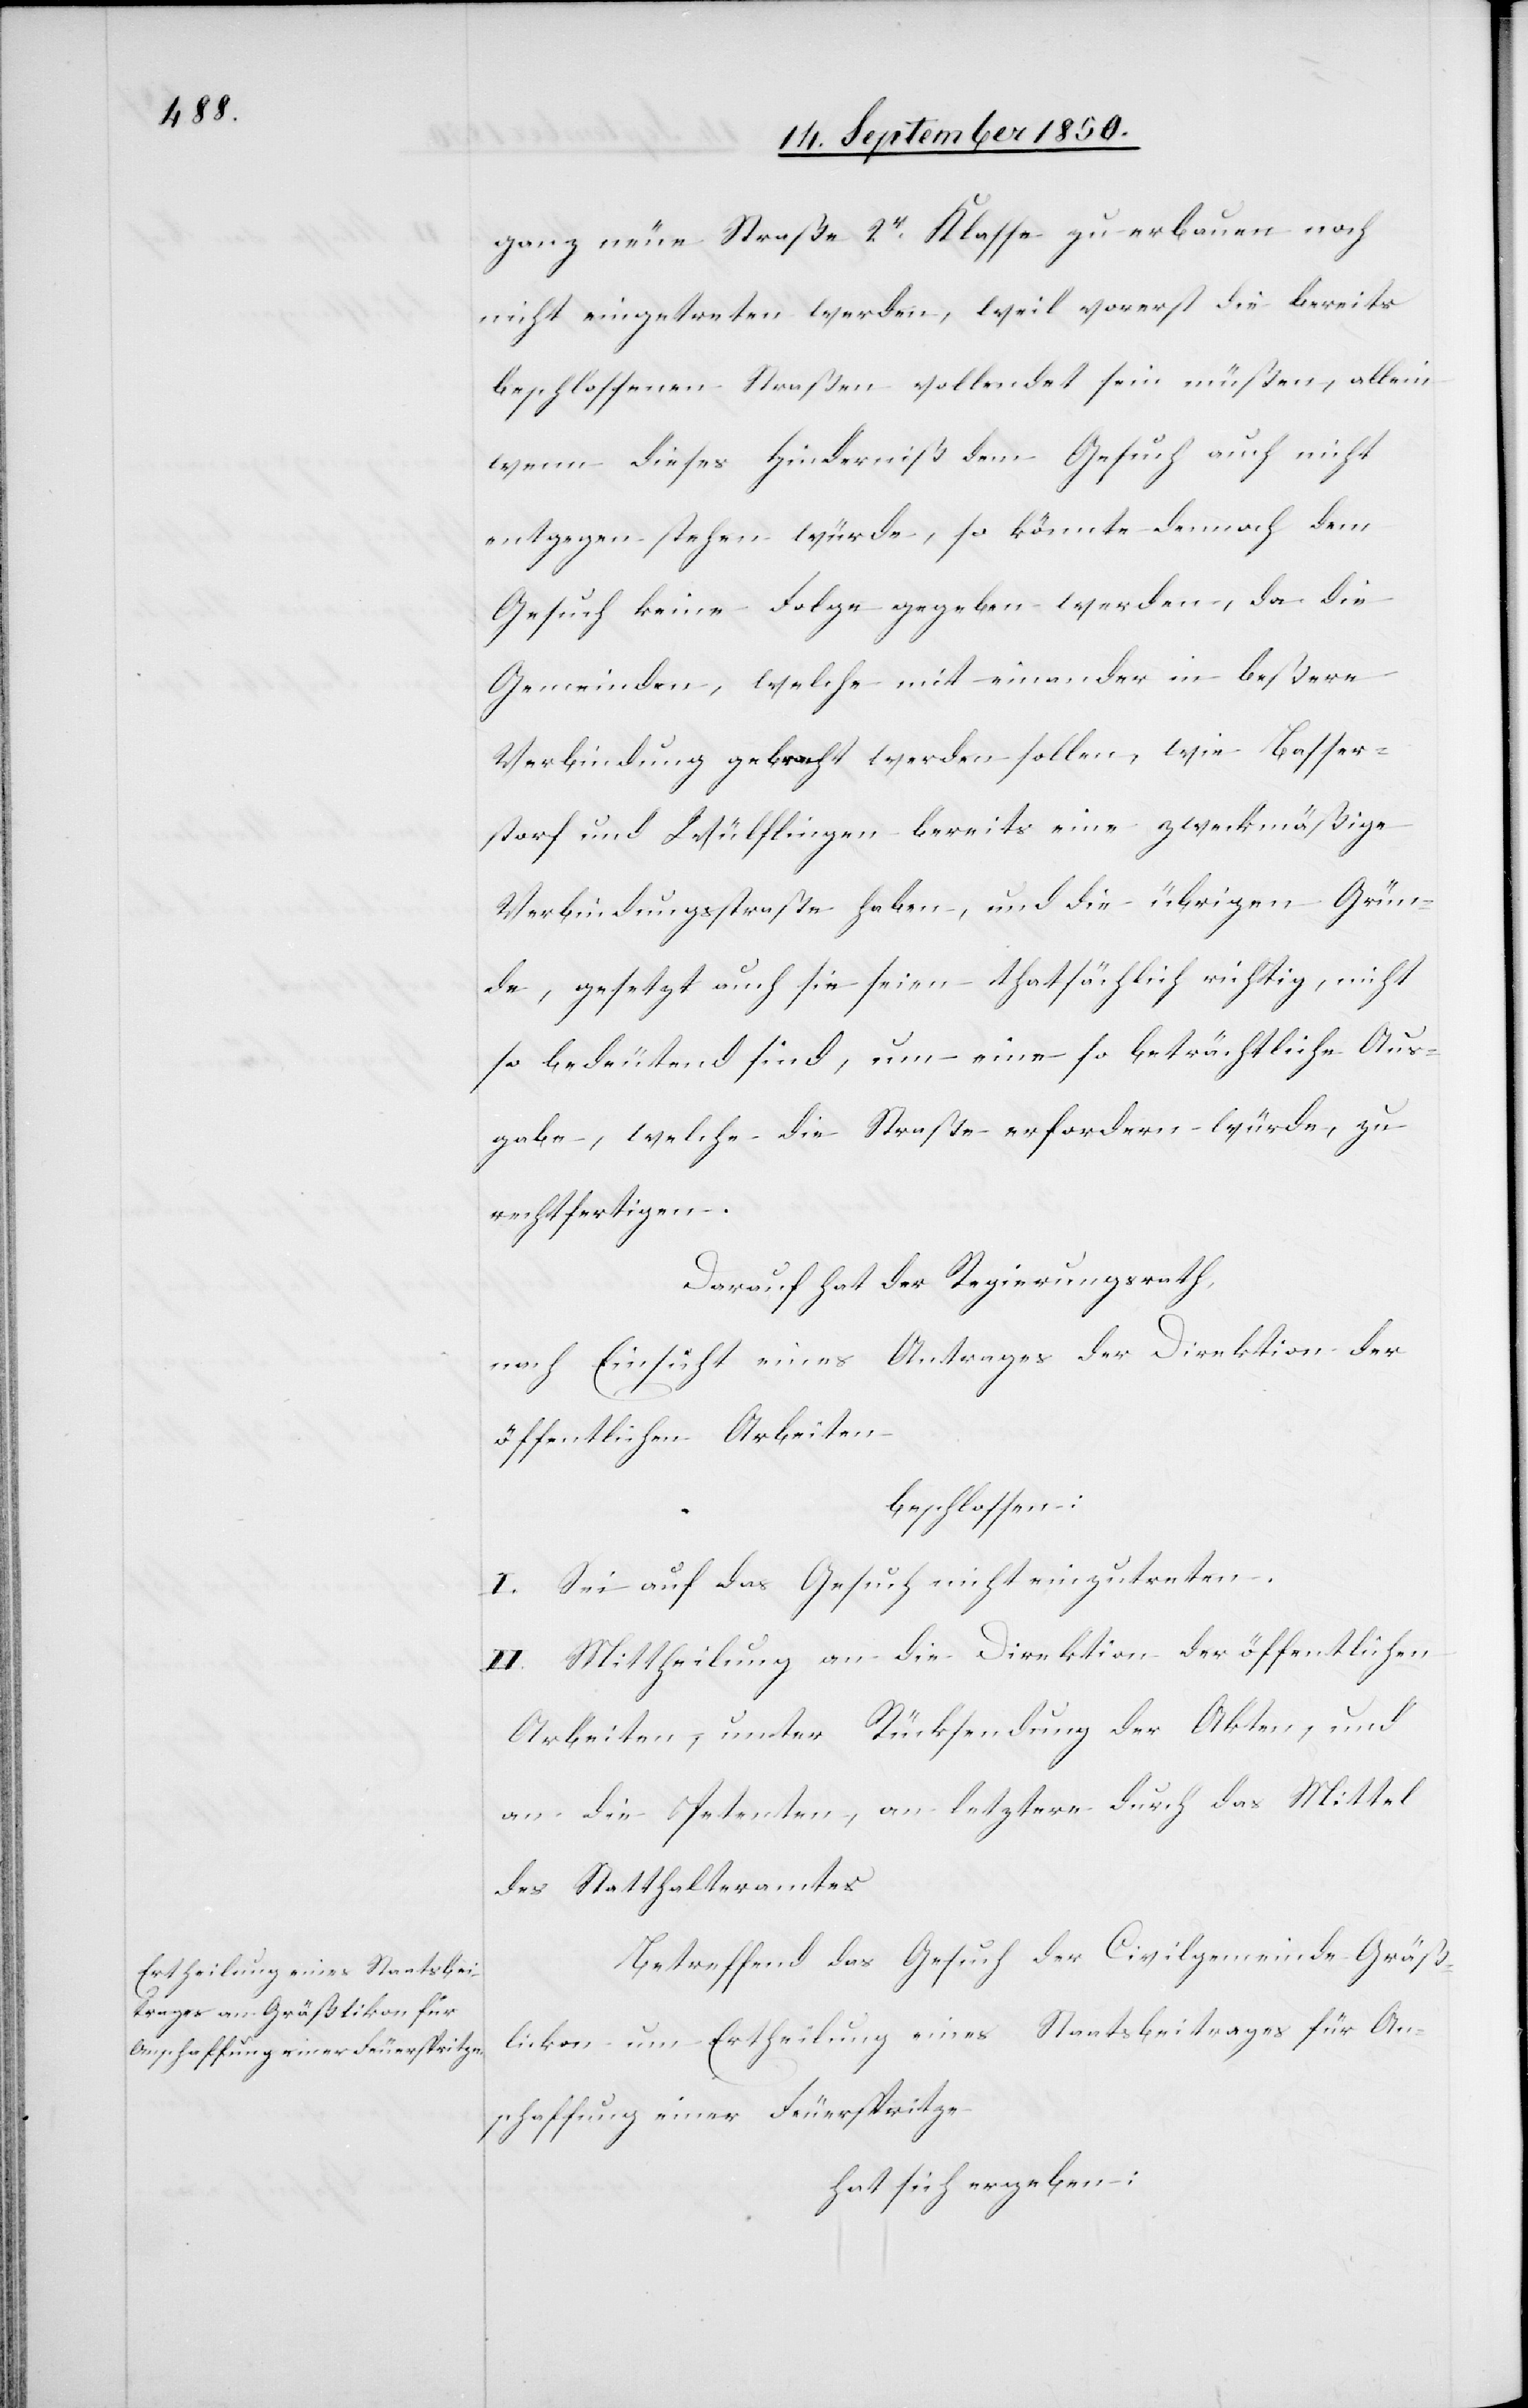
ganz neue Straße 2r Klasse zu erbauen noch
nicht eingetreten werden, weil vorerst die bereits
beschlossenen Straßen vollendet sein müßen, allein
wenn dieses Hinderniß dem Gesuch auch nicht
entgegen stehen würde, so könnte dennoch dem
Gesuch keine Folge gegeben werden, da die
Gemeinden, welche mit einander in beßere
Verbindung gebracht werden sollen, wie Basser¬
storf und Wülflingen bereits eine zweckmäßige
Verbindungsstraße haben, und die übrigen Grün¬
de, gesetzt auch sie seien thatsächlich richtig, nicht
so bedeutend sind, um eine so beträchtliche Aus¬
gabe, welche die Straße erfordern würde, zu
rechtfertigen.
Darauf hat der Regierungsrath,
nach Einsicht eines Antrages der Direktion der
öffentlichen Arbeiten
beschlossen:
I. Sei auf das Gesuch nicht einzutreten.
II. Mittheilung an die Direktion der öffentlichen
Arbeiten, unter Rücksendung der Akten, und
an die Petenten, an letztere durch das Mittel
des Statthalteramtes.
Betreffend das Gesuch der Civilgemeinde Gräß¬
likon um Ertheilung eines Staatsbeitrages für An¬
schaffung einer Feuerspritze
hat sich ergeben: